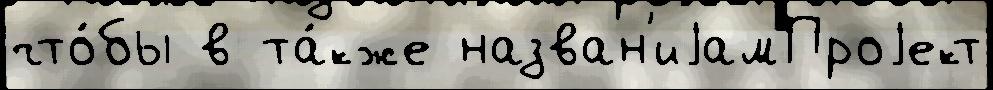
что́бы в та́кже назван'иjамПроjект